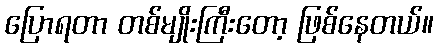
ပြောရတာ တစ်မျိုးကြီးတော့ ဖြစ်နေတယ်။